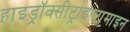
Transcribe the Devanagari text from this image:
हाइड्रॉक्सीट्राइप्टामाइन